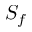
S _ { f }